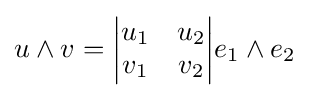
u\wedge v={\begin{vmatrix}u_{1}&u_{2}\\v_{1}&v_{2}\end{vmatrix}}{e}_{1}\wedge {e}_{2}